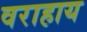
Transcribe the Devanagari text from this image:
वराहाय